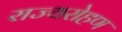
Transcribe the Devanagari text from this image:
राज्यरोहण